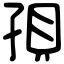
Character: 孭